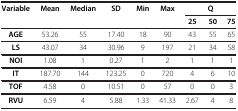
<table><thead><tr><td rowspan="2"><b>Variable</b></td><td rowspan="2"><b>Mean</b></td><td rowspan="2"><b>Median</b></td><td rowspan="2"><b>SD</b></td><td rowspan="2"><b>Min</b></td><td rowspan="2"><b>Max</b></td><td colspan="3"><b>Q</b></td></tr><tr><td><b>25</b></td><td><b>50</b></td><td><b>75</b></td></tr></thead><tbody><tr><td><b>AGE</b></td><td>53.26</td><td>55</td><td>17.40</td><td>18</td><td>90</td><td>43</td><td>55</td><td>65</td></tr><tr><td><b>LS</b></td><td>43.07</td><td>34</td><td>30.96</td><td>9</td><td>197</td><td>21</td><td>34</td><td>58</td></tr><tr><td><b>NOI</b></td><td>1.08</td><td>1</td><td>0.27</td><td>1</td><td>2</td><td>1</td><td>1</td><td>1</td></tr><tr><td><b>IT</b></td><td>187.70</td><td>144</td><td>123.25</td><td>0</td><td>720</td><td>4</td><td>6</td><td>10</td></tr><tr><td><b>TOF</b></td><td>4.58</td><td>0</td><td>10.51</td><td>0</td><td>57</td><td>0</td><td>0</td><td>3</td></tr><tr><td><b>RVU</b></td><td>6.59</td><td>4</td><td>5.88</td><td>1.33</td><td>41.33</td><td>2.67</td><td>4</td><td>8</td></tr></tbody></table>